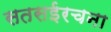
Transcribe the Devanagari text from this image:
सतसईरचना